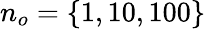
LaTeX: n_{o}=\{ 1,10,100\}